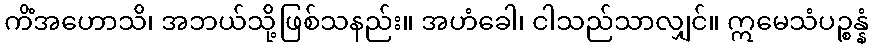
ကိံအဟောသိ၊ အဘယ်သို့ဖြစ်သနည်း။ အဟံခေါ၊ ငါသည်သာလျှင်။ ဣမေသံပဉ္စန္နံ